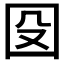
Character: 𡇀